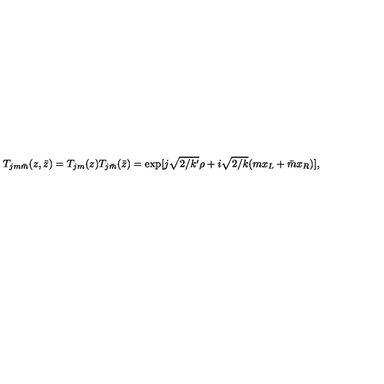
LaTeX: T _ { j m \bar { m } } ( z , \bar { z } ) = T _ { j m } ( z ) T _ { j \bar { m } } ( \bar { z } ) = \exp [ j \sqrt { 2 / k ^ { \prime } } \rho + i \sqrt { 2 / k } ( m x _ { L } + \bar { m } x _ { R } ) ] ,